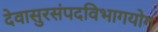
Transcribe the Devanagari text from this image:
देवासुरसंपदविभागयोग